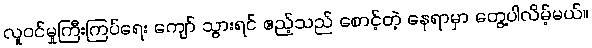
လူဝင်မှုကြီးကြပ်ရေး ကျော် သွားရင် ဧည့်သည် စောင့်တဲ့ နေရာမှာ တွေ့ပါလိမ့်မယ်။